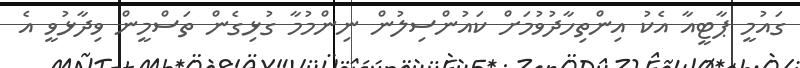
ގައުމީ ޕާޓީއާ އެކު އިންތިހާދުވުމަށް ކައުންސިލުން ނިންމުމާ ގުޅިގެން ތަސްމީން ވިދާޅުވީ އެ